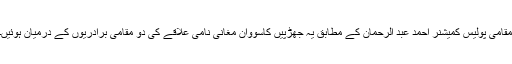
مقامی پولیس کمیشنر احمد عبد الرحمان کے مطابق یہ جھڑپیں کاسووان مغانی نامی علاقے کی دو مقامی برادريوں کے درمیان ہوئيں۔